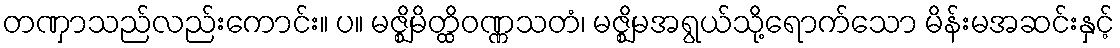
တဏှာသည်လည်းကောင်း။ ပ။ မဇ္ဈိမိတ္ထိဝဏ္ဏသတံ၊ မဇ္ဈိမအရွယ်သို့ရောက်သော မိန်းမအဆင်းနှင့်